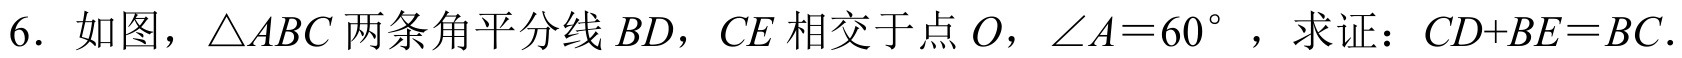
6. 如图，$\triangle ABC$两条角平分线$BD$，$CE$相交于点$O$，$\angle A = 60^{\circ}$，求证：$CD + BE=BC$．